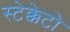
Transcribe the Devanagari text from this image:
स्टेक्केटो